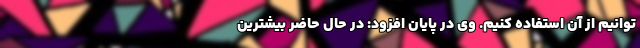
‌توانیم از آن استفاده کنیم. وی در پایان افزود: در حال حاضر بیشترین